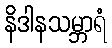
နိဒါနသမ္ဘာရံ